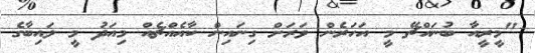
"މީރީއާ ބުނައްޗޭ މީ އަހަރެން ވަރަށް ގިނައިން ކާއެއްޗެއް މިއަދު މީ ލައިބާގެ